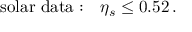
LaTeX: \mathrm { s o l a r ~ d a t a : } \quad \eta _ { s } \leq 0 . 5 2 \, .